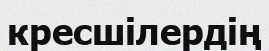
кресшілердің